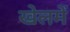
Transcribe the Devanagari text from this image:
खेलमें